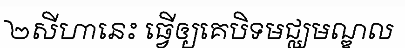
២សីហានេះ ធ្វើឲ្យគេបិទមជ្ឈមណ្ឌល